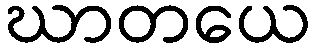
ဃာတယေ